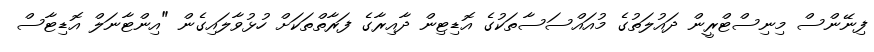
ފިނޭންސް މިނިސްޓްރީން ދައުލަތުގެ މުއައްސަސާތަކުގެ އޮޑިޓިން ދާއިރާގެ ފަރާތްތަކަށް ހުޅުވާލައިގެން "އިންޓާނަލް އޮޑިޓާސް